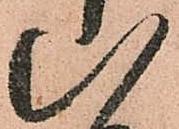
八